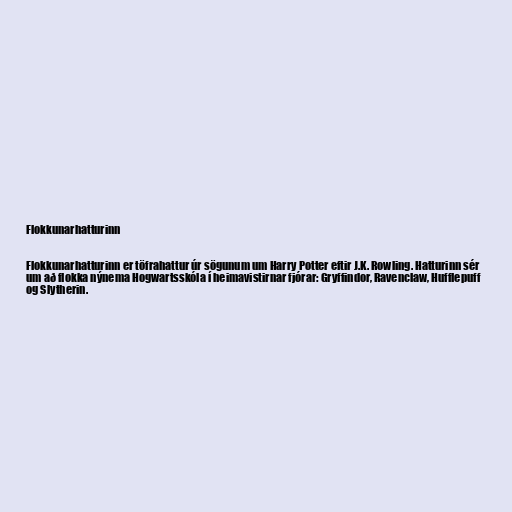
Flokkunarhatturinn

Flokkunarhatturinn er töfrahattur úr sögunum um Harry Potter eftir J.K. Rowling. Hatturinn sér
um að flokka nýnema Hogwartsskóla í heimavistirnar fjórar: Gryffindor, Ravenclaw, Hufflepuff
og Slytherin.